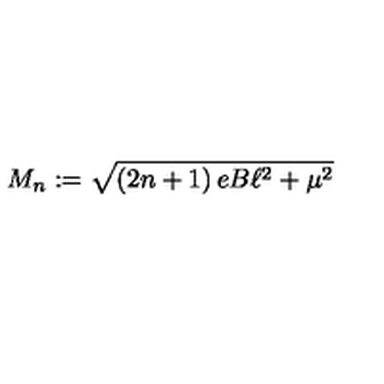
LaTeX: M _ { n } : = \sqrt { \left( 2 n + 1 \right) e B \ell ^ { 2 } + \mu ^ { 2 } }